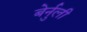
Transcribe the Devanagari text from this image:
बेर्नुली